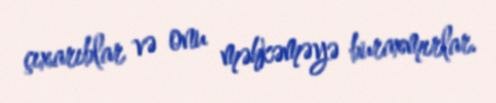
çıxarıblar və onu məhkəməyə buraxmırlar.